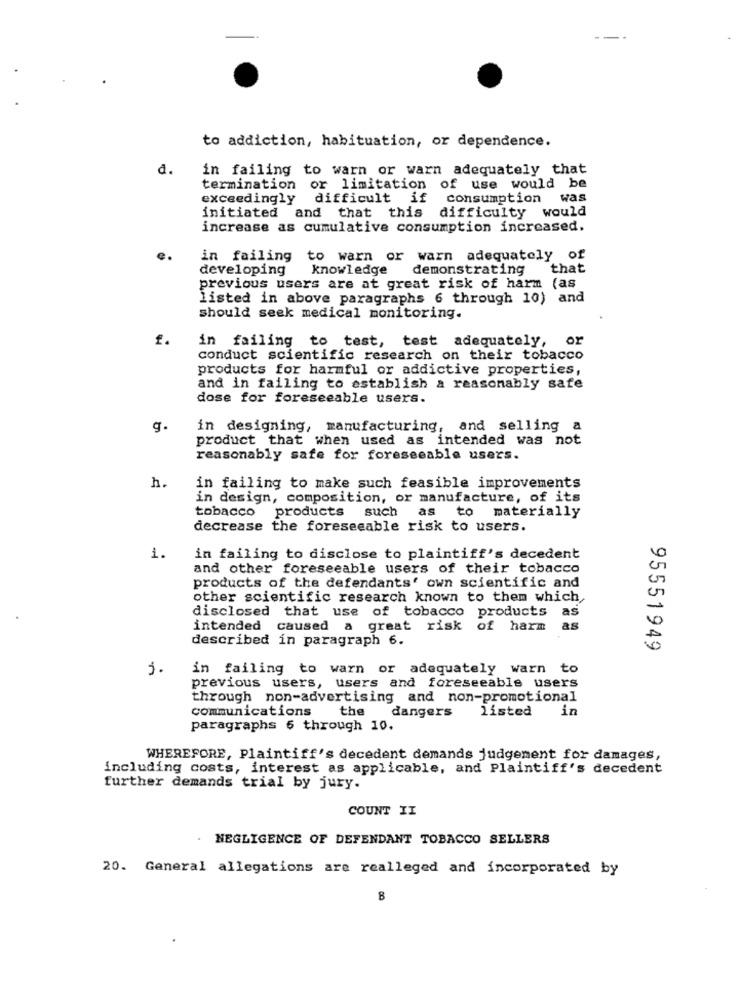
to addiction, habituation, or dependence.
d.
in failing to warn or warn adequately that
termination or limitation of use would be
exceedingly
difficult if
consumption
was
initiated and that this difficulty would
increase as cumulative consumption increased.
in failing
to warn or warn adequately of
developing
knowledge
demonstrating
that
previous users are at great risk of harm (as
listed in above paragraphs 6 through 10) and
should seek medical monitoring.
in failing to test, test adequately,
or
conduct scientific research on their tobacco
products for harmful or addictive properties,
and in failing to establish a reasonably safe
dose for foreseeable users.
in designing, manufacturing, and selling a
product that when used as intended was not
reasonably safe for foreseeable users.
h.
in failing to make such feasible improvements
in design, composition, or manufacture, of its
tobacco products such as
to materially
decrease the foreseeable risk to users.
1.
in failing to disclose to plaintiff's decedent
and other foreseeable users of their tobacco
products of the defendants' own scientific and
other scientific research known to them which
disclosed that use of tobacco products
as
intended
caused a great risk of harm
as
described in paragraph 6.
95551949
n
in failing to warn or adequately warn to
previous users, users and foreseeable users
through non-advertising and non-promotional
communications
listed
in
the dangers
paragraphs 6 through 10.
WHEREFORE, Plaintiff's decedent demands judgement for damages,
including costs, interest as applicable, and Plaintiff's decedent
further demands trial by jury.
COUNT II
.
NEGLIGENCE OF DEFENDANT TOBACCO SELLERS
20. General allegations are realleged and incorporated by
8